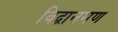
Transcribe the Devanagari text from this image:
विद्वानगण